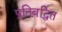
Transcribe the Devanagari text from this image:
प्रतिबद्धित